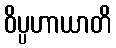
ဝိပ္ပဟာယာတိ